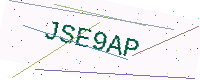
Text: JSE9AP